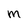
Character: m